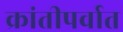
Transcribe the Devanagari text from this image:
क्रांतीपर्वात